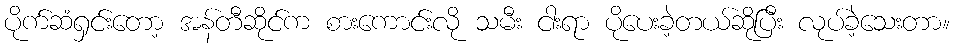
ပိုက်ဆံရှင်းတော့ အန်တီဆိုင်က စားကောင်းလို သမီး ငါးရာ ပိုပေးခဲ့တယ်ဆိုပြီး လုပ်ခဲ့သေးတာ။